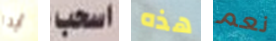
أيدا اسحب هذه نعم